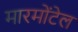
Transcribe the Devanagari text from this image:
मारमोंटेल